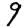
Digit: 9